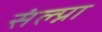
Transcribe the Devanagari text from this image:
संल्प्ना